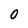
Character: 0